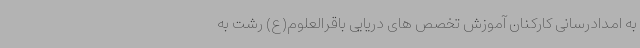
به امدادرسانی کارکنان آموزش تخصص های دریایی باقرالعلوم(ع) رشت به